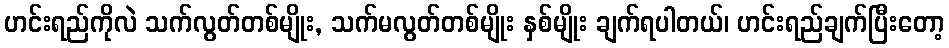
ဟင်းရည်ကိုလဲ သက်လွတ်တစ်မျိုး, သက်မလွတ်တစ်မျိုး နှစ်မျိုး ချက်ရပါတယ်၊ ဟင်းရည်ချက်ပြီးတော့